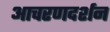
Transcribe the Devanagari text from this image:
आचरणदर्शन